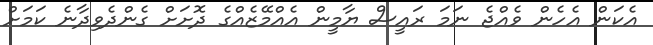
އެކަން އެހެން ވެއްޖެ ނަމަ ރައީސް ޔާމީން އެއްމޭޒެއްގެ ދޮށަށް ގެންދެވިދާނެ ކަމަށް